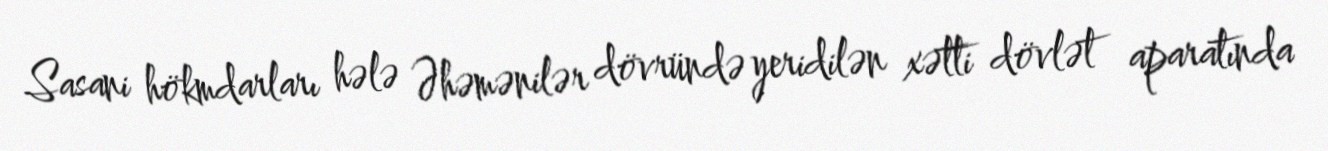
Sasani hökmdarları hələ Əhəmənilər dövründə yeridilən xətti dövlət aparatında